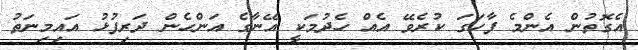
އެގޮތުން އެންމެ ފާހަގަ ކުރެވޭ އެއް ހެދުމަކީ އޭނާގެ އަންހެން ދަރިފުޅު އައިމިނަތު